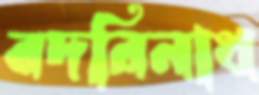
বদরিনাথ